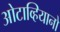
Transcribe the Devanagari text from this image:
ओटाव्हियानो